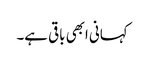
کہانی ابھی باقی ہے۔